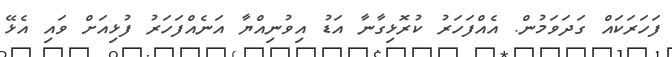
ފަހަރަކައް ގަދަވަމުން. އެއްފަހަރު ކުރޮޅިގާނާ އަޑު އިވުނިއްޔާ އަނެއްފަހަރު ފުޅިއަށް ވައި އެޅޭ